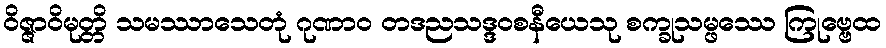
ဝိဇ္ဇာဝိမုတ္တိ သမဿာသေတုံ ဂုဏာဝ တဒညသဒ္ဒဝစနီယေသု စက္ခုသမ္ဖဿေ ကြုဗ္ဗေထ